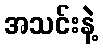
အသင်းနဲ့